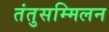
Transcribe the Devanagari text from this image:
तंतुसम्मिलन